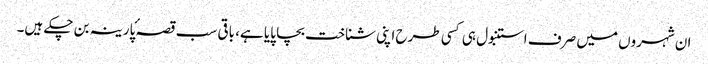
ان شہروں میں صرف استنبول ہی کسی طرح اپنی شناخت بچا پایا ہے، باقی سب قصہ ٔپارینہ بن چکے ہیں۔